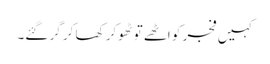
کہیں فجر کو اٹھے تو ٹھوکر کھا کر گر گئے۔